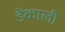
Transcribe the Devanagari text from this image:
डेंकाली